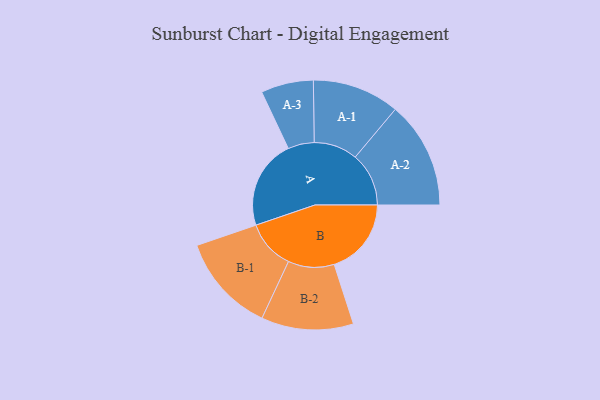
{"axis": {"x": "Segment", "y": "Value"}, "legend": ["", "A", "B"], "data": [{"x": "A", "y": 443, "type": ""}, {"x": "B", "y": 382, "type": ""}, {"x": "A-1", "y": 216, "type": "A"}, {"x": "A-2", "y": 265, "type": "A"}, {"x": "A-3", "y": 130, "type": "A"}, {"x": "B-1", "y": 244, "type": "B"}, {"x": "B-2", "y": 228, "type": "B"}]}